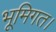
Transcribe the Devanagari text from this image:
भूमिगत।